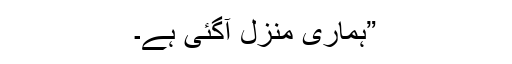
”ہماری منزل آگئی ہے۔